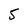
Character: 5